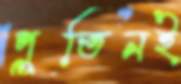
পুতিনই